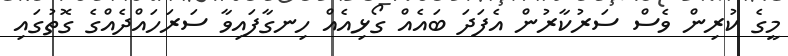
މީގެ ކުރިން ވެސް ސަރުކާރުން އެފަދަ ބައެއް ގޯޅިއެއް ހިނގާފައިވާ ސަރަހައްދެއްގެ ގޮތުގައި